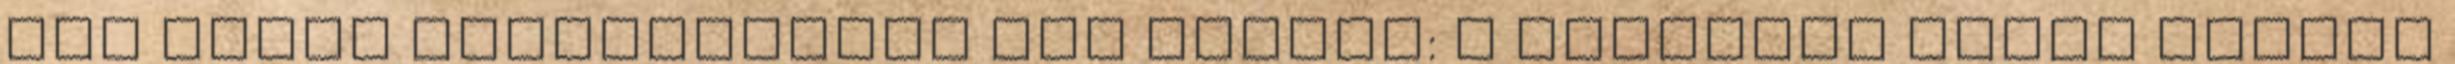
ülő többi tanítványnak ezt mondta: A használt autók piacán